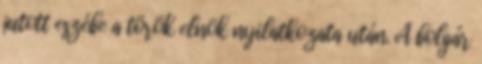
jutott eszébe a török elnök nyilatkozata után. A bolgár